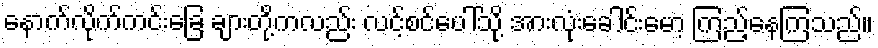
နောက်လိုက်ကင်းခြေ ချားတို့ကလည်း လင့်စင်ပေါ်သို့ အားလုံးခေါင်းမော့ ကြည့်နေကြသည်။